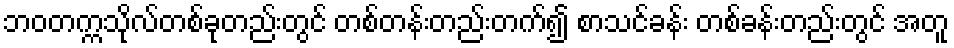
ဘဝတက္ကသိုလ်တစ်ခုတည်းတွင် တစ်တန်းတည်းတက်၍ စာသင်ခန်း တစ်ခန်းတည်းတွင် အတူ